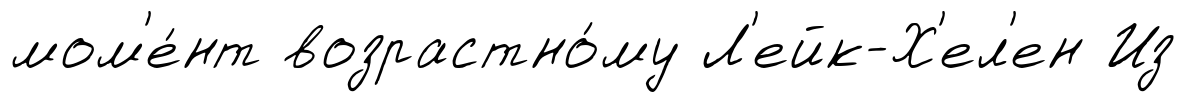
мом'е́нт возрастно́му Л'ейк-Х'ел'ен Из